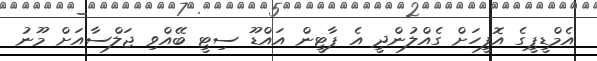
އެމްޑީޕީގެ އޮފީހަށް ގެއްލުންދީ އެ ޕާޓީން އައްޑޫ ސިޓީ ބޭއްވި ޖަލްސާއަށް މޫނު